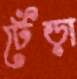
ঢেঁড়া